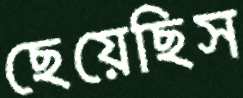
ছেয়েছিস